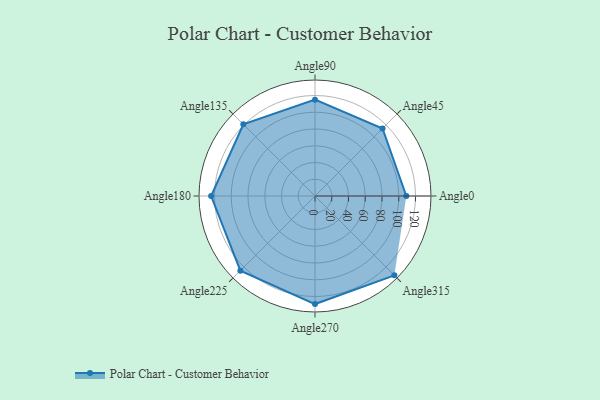
{"axis": {"x": "Angle", "y": "Radius"}, "legend": [""], "data": [{"x": "Angle0", "y": 109.0, "type": ""}, {"x": "Angle45", "y": 114.0, "type": ""}, {"x": "Angle90", "y": 115.0, "type": ""}, {"x": "Angle135", "y": 121.0, "type": ""}, {"x": "Angle180", "y": 124.0, "type": ""}, {"x": "Angle225", "y": 126.0, "type": ""}, {"x": "Angle270", "y": 129.0, "type": ""}, {"x": "Angle315", "y": 134.0, "type": ""}]}